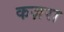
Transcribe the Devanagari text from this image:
कज़रा